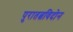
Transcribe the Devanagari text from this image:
पुरातत्वविदोन